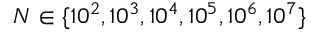
N \in \{ 1 0 ^ { 2 } , 1 0 ^ { 3 } , 1 0 ^ { 4 } , 1 0 ^ { 5 } , 1 0 ^ { 6 } , 1 0 ^ { 7 } \}